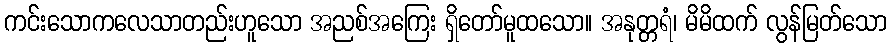
ကင်းသောကလေသာတည်းဟူသော အညစ်အကြေး ရှိတော်မူထသော။ အနုတ္တရံ၊ မိမိထက် လွန်မြတ်သော